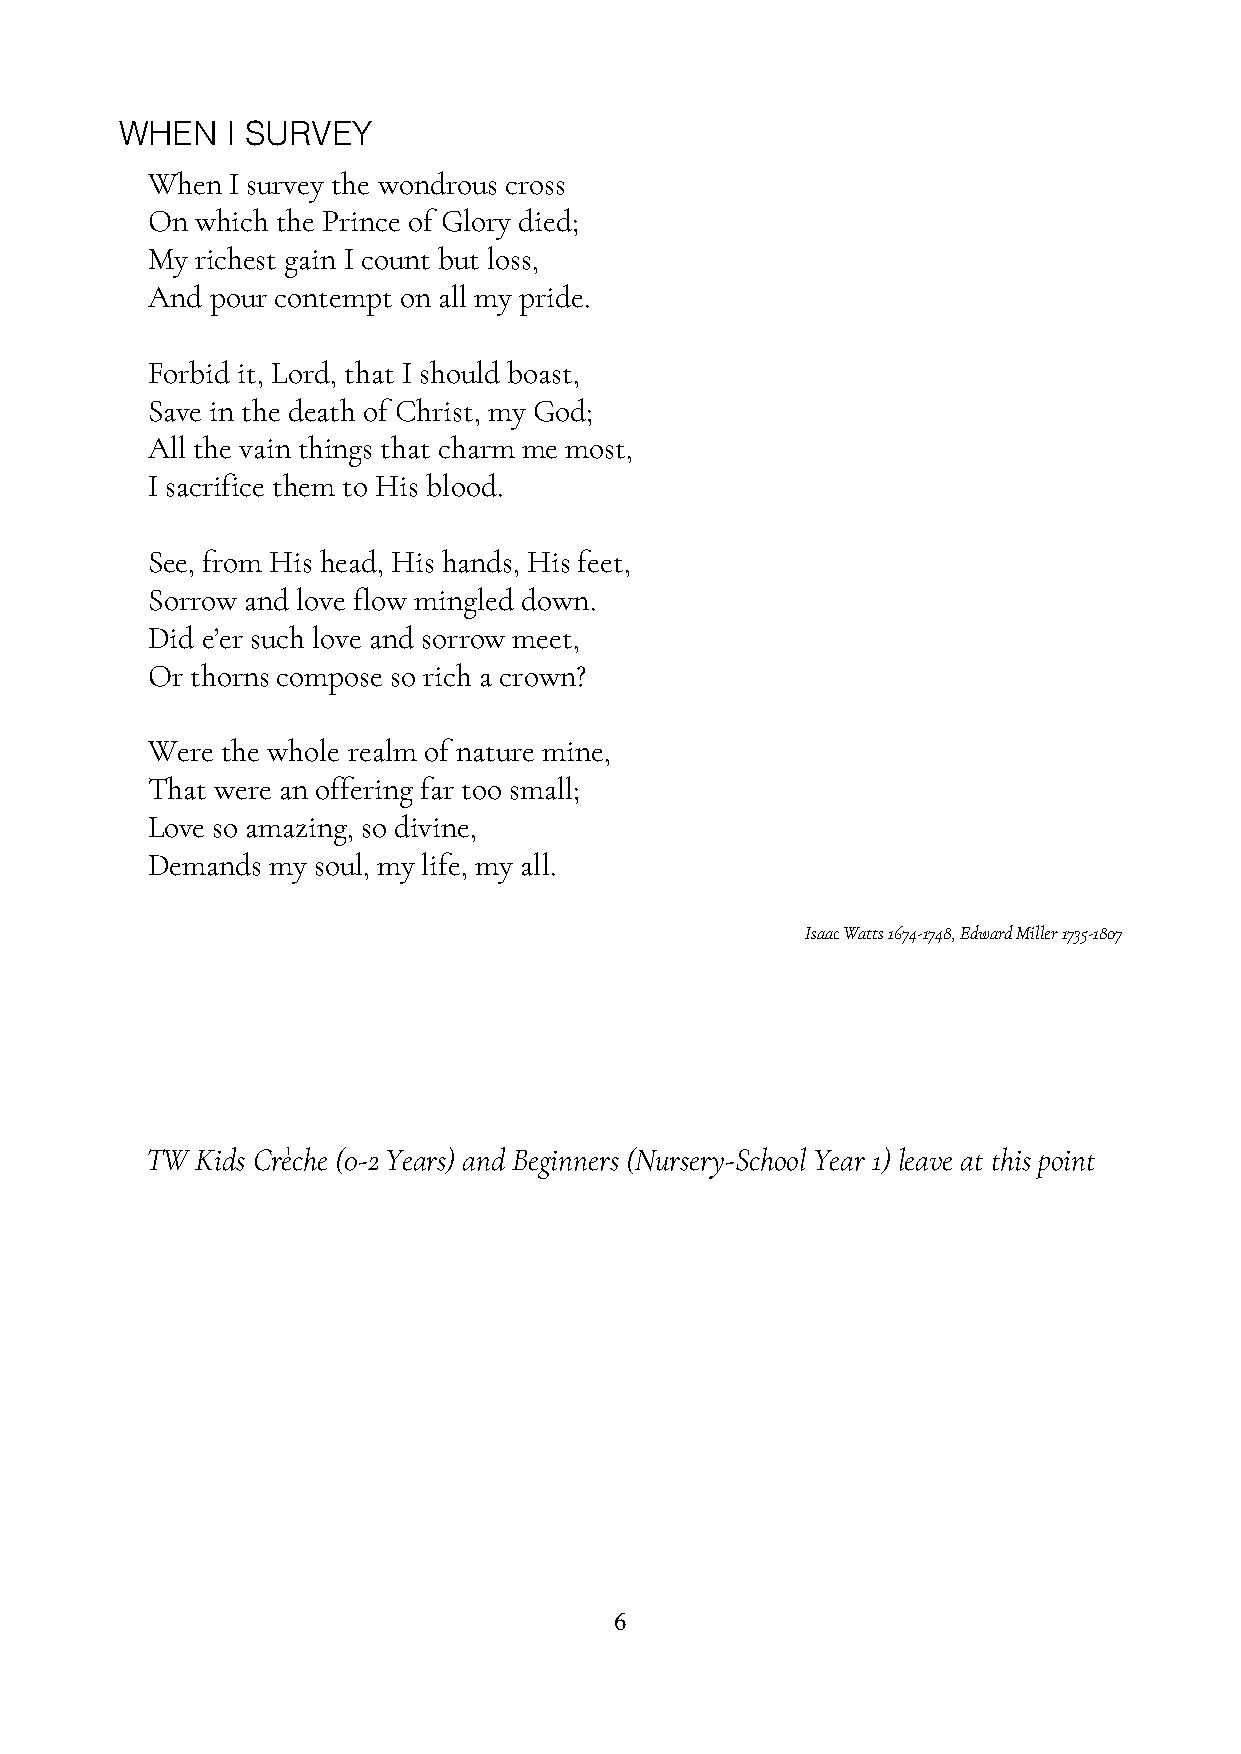
WHEN   I SURVEY
 When I survey the wondrous cross
 On which the Prince of Glory died;
 My richest gain I count but loss,
 And pour contempt on all my pride.
 Forbid it, Lord, that I should boast,
 Save in the death of Christ, my God;
 All the vain things that charm me most,
 I sacrifice them to His blood.
 See, from His head, His hands, His feet,
 Sorrow and love flow mingled down.
 Did e’er such love and sorrow meet,
 Or thorns compose so rich a crown?
 Were the whole realm of nature mine,
 That were an offering far too small;
 Love so amazing, so divine,
 Demands my soul, my life, my all.
 Isaac Watts 1674-1748, Edward Miller 1735-1807
 TW Kids Crèche (0-2 Years) and Beginners (Nursery-School Year 1) leave at this point
 6